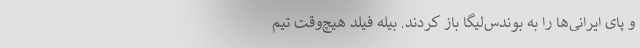
و پای ایرانی‌ها را به بوندس‌لیگا باز کردند. بیله فیلد هیچ‌وقت تیم